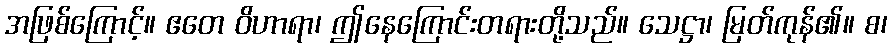
အဖြစ်ကြောင့်။ ဧတေ ဝိဟာရာ၊ ဤနေကြောင်းတရားတို့သည်။ သေဋ္ဌာ၊ မြတ်ကုန်၏။ စ၊